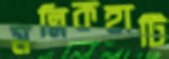
মল্লিকহাটি